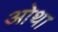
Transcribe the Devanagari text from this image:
ओथा